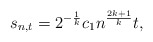
\begin{align*}s_{n,t}=2^{-\frac{1}{k}} c_1 n^\frac{2k+1}{k} t,\end{align*}